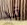
قد